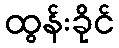
ထွန်းခိုင်